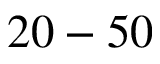
2 0 - 5 0